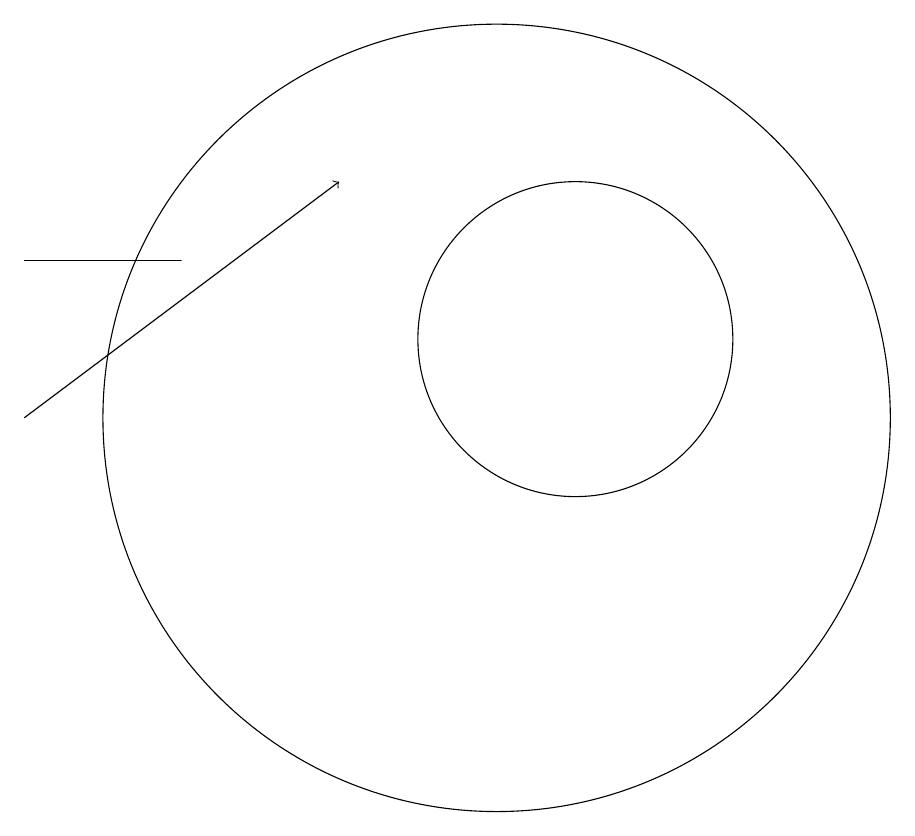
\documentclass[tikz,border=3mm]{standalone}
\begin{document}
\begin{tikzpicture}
\draw[->] (4,10) -- (8,13);
\draw (10,10) circle (5);
\draw (11,11) circle (2);
\draw (4,12) rectangle (6,12);
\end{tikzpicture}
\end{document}